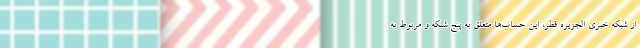
از شبکه خبری الجزیره قطر، این حساب‌ها متعلق به پنج شبکه و مربوط به